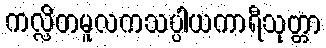
ကလ္လိတမူလကသပ္ပါယကာရီသုတ္တာ